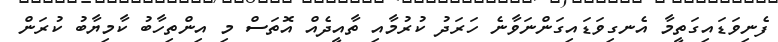
ފެނިވަޑައިގަތީމާ އެނގިވަޑައިގަންނަވާނެ ހަރަދު ކުރުމާއި ތާއީދެއް އޮތަސް މި އިންތިހާބު ކާމިޔާބު ކުރަން